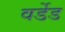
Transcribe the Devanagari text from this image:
वर्डेड